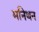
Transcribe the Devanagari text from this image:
मनिथन